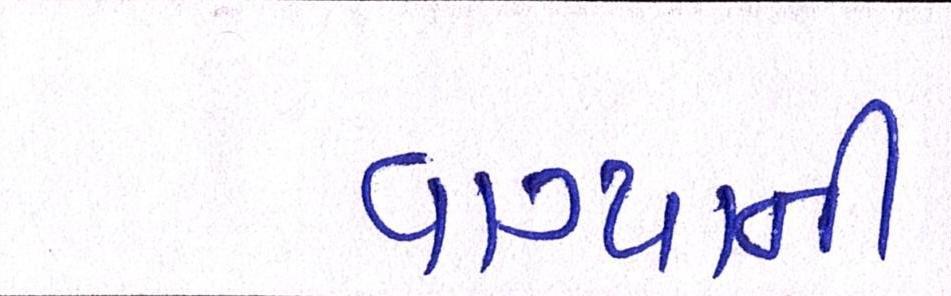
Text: વાગ્યાની